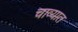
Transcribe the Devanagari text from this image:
चाव्यात